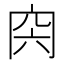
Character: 𠕜